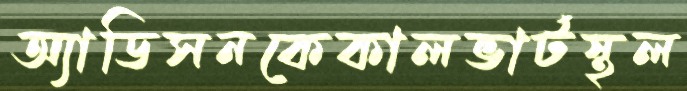
অ্যাডিসনকেকালভার্টস্থল